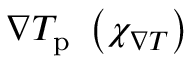
\nabla T _ { \mathrm { p } } \, \, \left( \chi _ { \nabla T } \right)